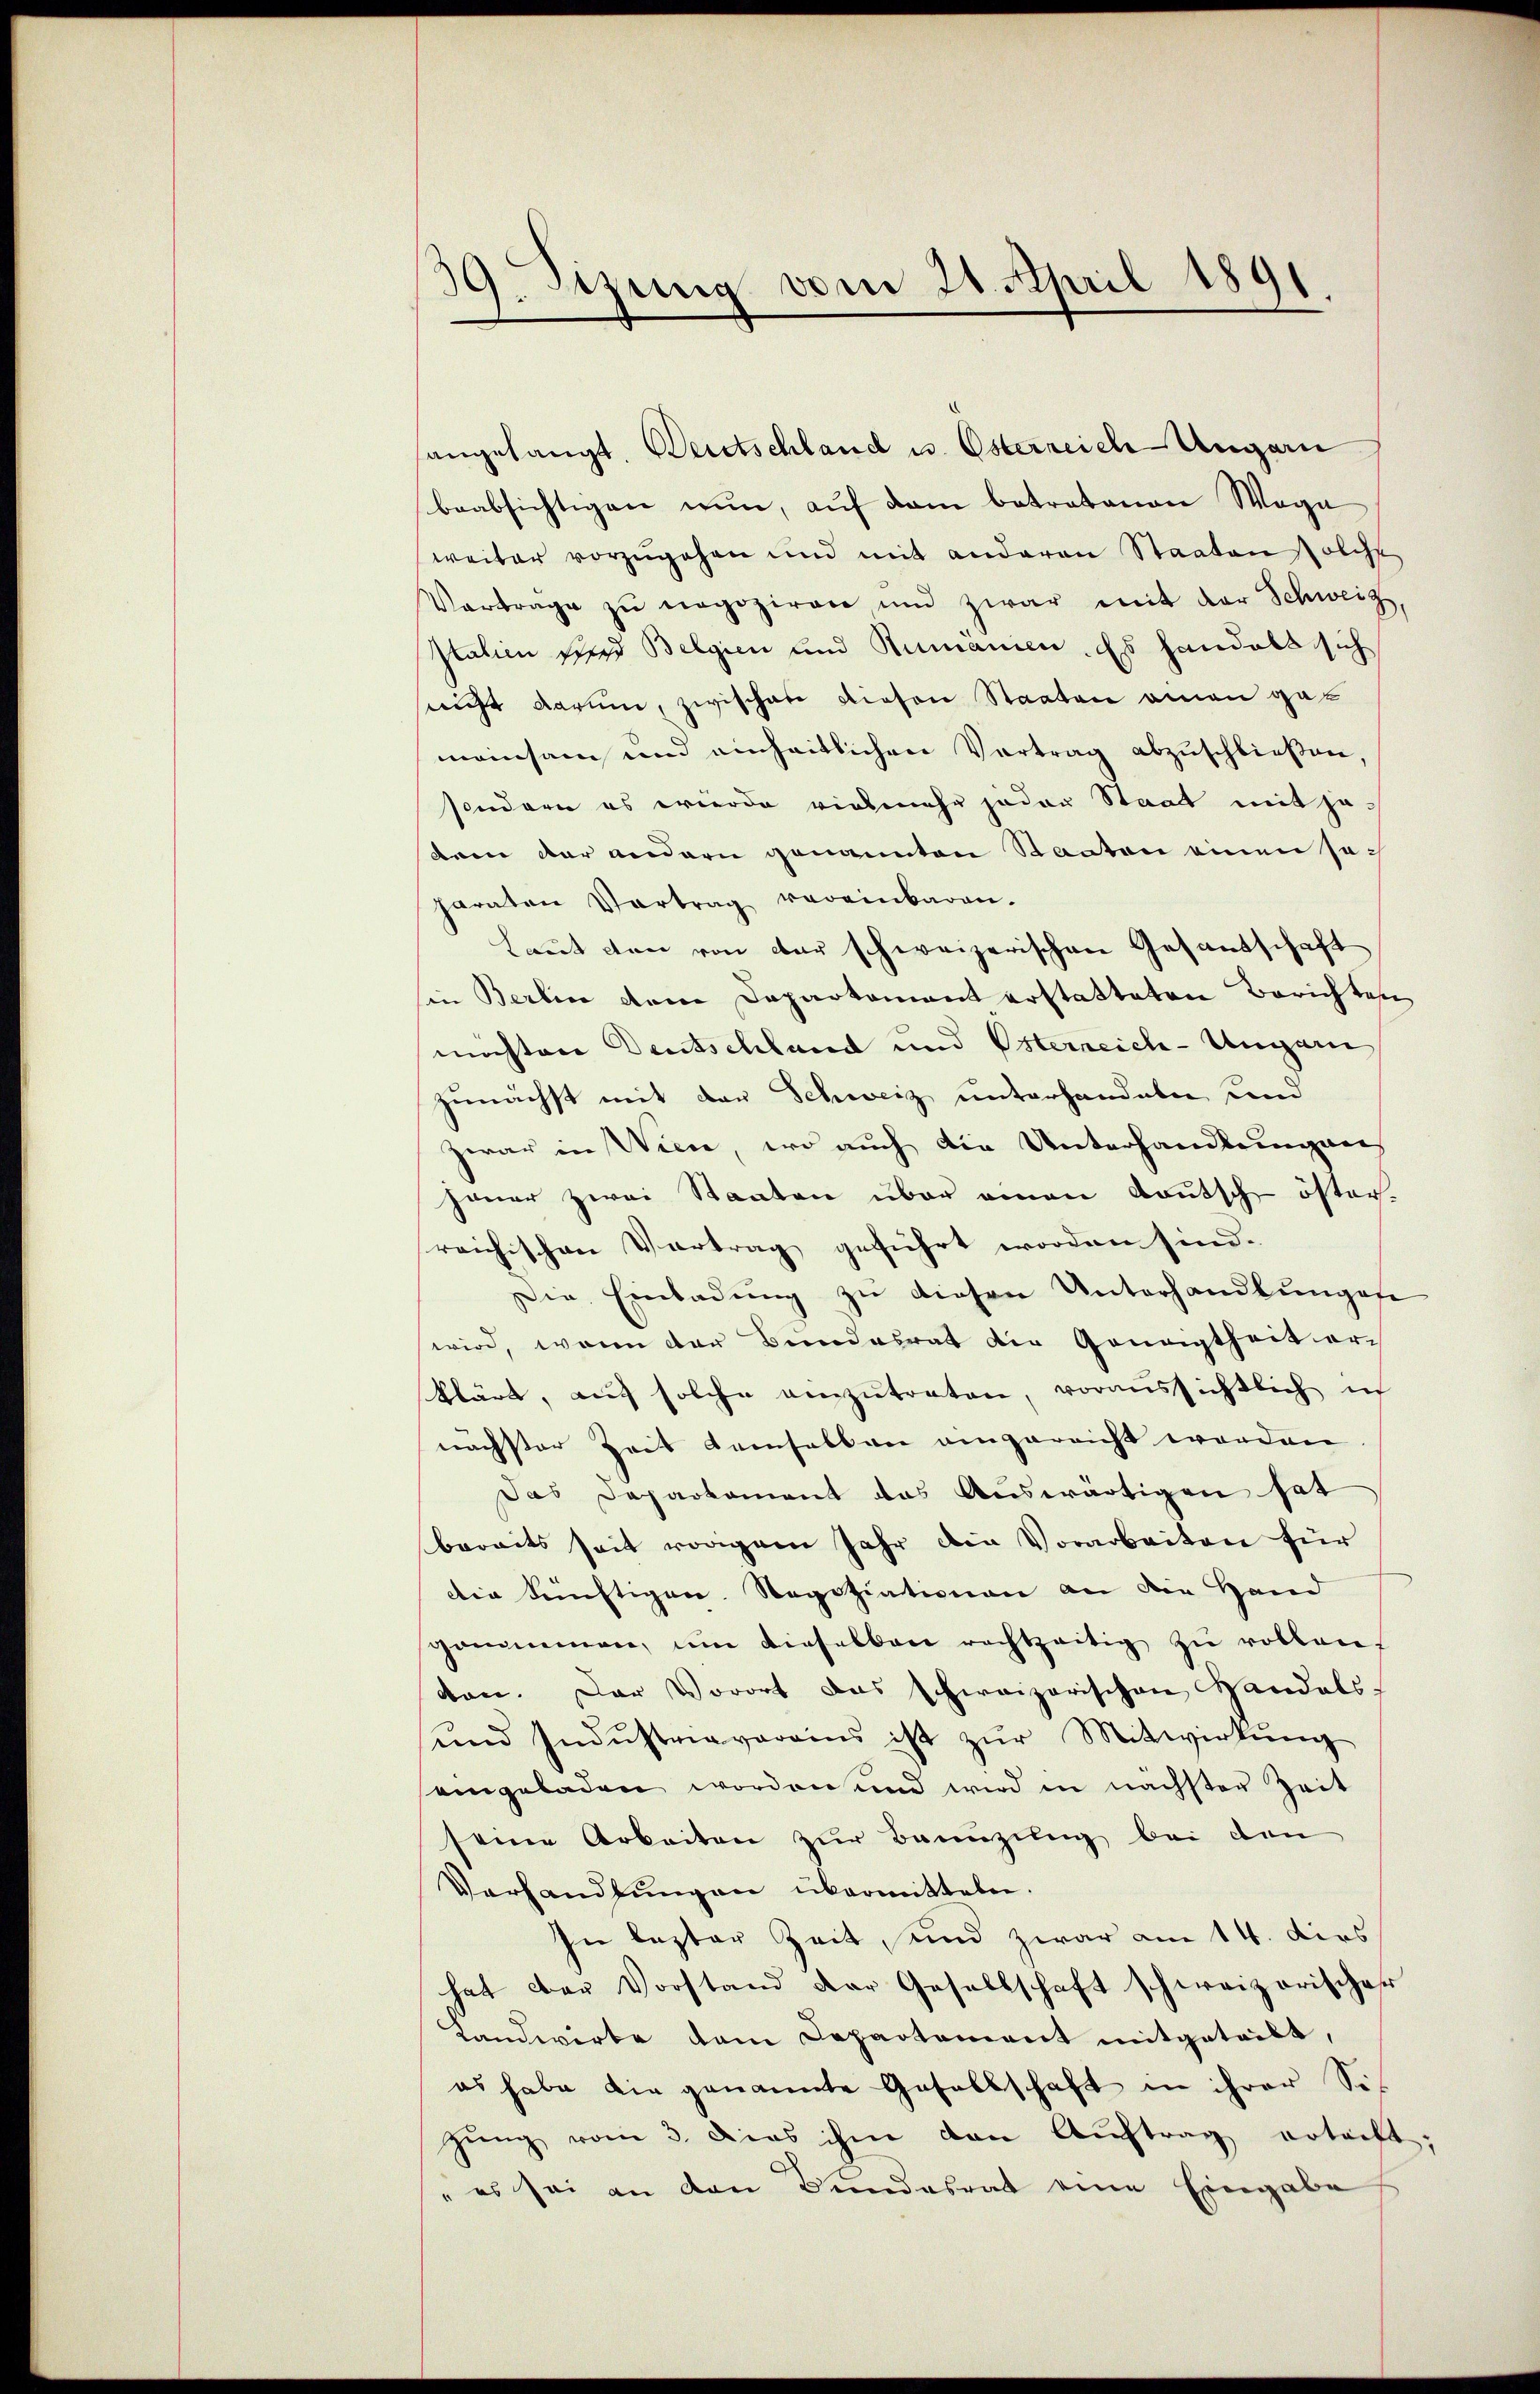
39. Sizung vom 24. April 1891
.

angelangt. Deutschland u. Osterreich-Ungarn
beabsichtigen nun, auf dem betratonen Wege
weiter vorzugehen und mit anderen Staaten solche
Vortrage zŭ negoziren und zwar mit der Schweiz,
Italien sie Belgien und Rumänien. Es handels sich
nicht darum, zwischen diesen Staaten einen gemeinsam und einheitlichen Vertrag abzuschließen,
sondern es werde vielmehr jeder Staat mit jedee der andern genannten Staaten einen Japaraten Vortrag vereinbaren.
Laut von von der schweizerischen Gesandschaft
sin Berlin dem Departement erstatteten Berichten
möchten Deutschland und Osterreich-Ungarn
zunächst mit den Schweiz unterhandeln und
zwar in Wien, wo auch die Unterhandlungen
jener zwei Staaten über einen Kautsch-öster
reichischen Vortrag geführt worden sind.
Die Einladung zu diesen Unterhandlungese
wird, wenn der Bundesrat die Geneigtheit er-
klärt, aus solche einzutreten, voraussichtlich ic
nächster Zeit demselben angereicht worden
Das Departement das Auswärtigen hat
bereits seit vorigem Jahr die Vorarbeiten für
Die künftigen. Segotiationen an die Hand
grimmen, um dieselben rechtzeitig zŭ robleit
don. Der Vorort das schweizerischen Vandals-
und Indŭstriaverains ist zŭr Mitwirkŭng
eingeladen worden und wird in nächster Zeit
seine Arbeiten zŭr Bannzuleg bei den
Verhandlŭngen übermitteln.
In lezter Zeit, und zwar am 14. dies
hhat der Vorstand der Gesellschaft schweizerischer
Landwirte dem Departement mitgetribt,
es habe die genannte Gesellschaft in ihrer Sih
zŭng vom 3. Dies ihm den Aŭftrag ertrift;
" es sei an den Bundesrat eine Eingabe